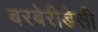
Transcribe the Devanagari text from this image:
बरबेरीडेसी